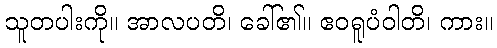
သူတပါးကို။ အာလပတိ၊ ခေါ်၏။ ဧဝရူပံဝါတိ၊ ကား။